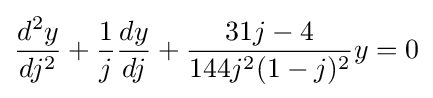
{\frac {d^{2}y}{dj^{2}}}+{\frac {1}{j}}{\frac {dy}{dj}}+{\frac {31j-4}{144j^{2}(1-j)^{2}}}y=0